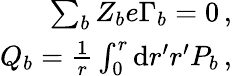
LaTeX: \begin{array}{r}{\sum_{b}Z_{b}e\Gamma_{b}=0\, ,}\\ {Q_{b}=\frac{1}{r}\int_{0}^{r}\mathrm{d}r^{\prime}r^{\prime}P_{b}\, ,}\end{array}